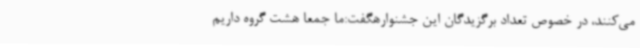
می‌کنند، در خصوص تعداد برگزیدگان این جشنوارهگفت:ما جمعا هشت گروه داریم